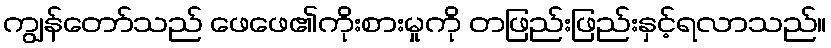
ကျွန်တော်သည် ဖေဖေ၏ကိုးစားမှုကို တဖြည်းဖြည်းနှင့်ရလာသည်။